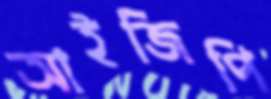
আইজিপি